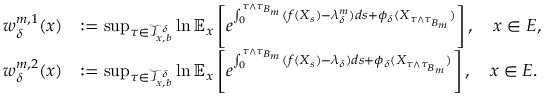
\begin{array} { r l } { w _ { \delta } ^ { m , 1 } ( x ) } & { : = \operatorname* { s u p } _ { \tau \in \mathcal { T } _ { x , b } ^ { \delta } } \ln \mathbb { E } _ { x } \left[ e ^ { \int _ { 0 } ^ { \tau \wedge \tau _ { B _ { m } } } ( f ( X _ { s } ) - \lambda _ { \delta } ^ { m } ) d s + \phi _ { \delta } ( X _ { \tau \wedge \tau _ { B _ { m } } } ) } \right] , \quad x \in E , } \\ { w _ { \delta } ^ { m , 2 } ( x ) } & { : = \operatorname* { s u p } _ { \tau \in \mathcal { T } _ { x , b } ^ { \delta } } \ln \mathbb { E } _ { x } \left[ e ^ { \int _ { 0 } ^ { \tau \wedge \tau _ { B _ { m } } } ( f ( X _ { s } ) - \lambda _ { \delta } ) d s + \phi _ { \delta } ( X _ { \tau \wedge \tau _ { B _ { m } } } ) } \right] , \quad x \in E . } \end{array}